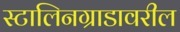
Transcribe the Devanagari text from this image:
स्टालिनग्राडावरील